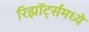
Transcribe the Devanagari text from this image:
रिझॉर्ट्‍समध्ये